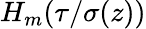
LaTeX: H_{m}(\tau/\sigma(z))